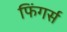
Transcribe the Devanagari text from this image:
फिंगर्स